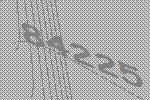
84225